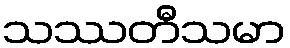
သဿတီသမာ